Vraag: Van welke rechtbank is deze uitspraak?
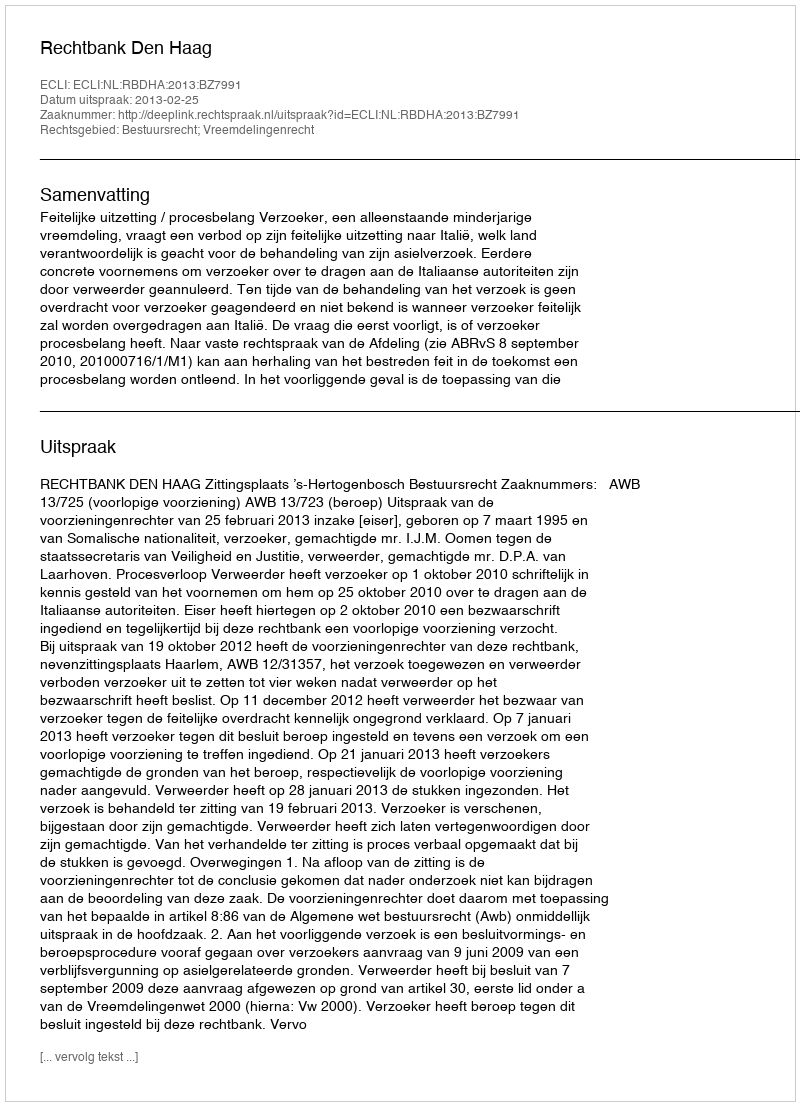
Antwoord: Rechtbank Den Haag